Annual administration report of the Civil Veterinary Department, Sind - 1945-1946
Year: 1945
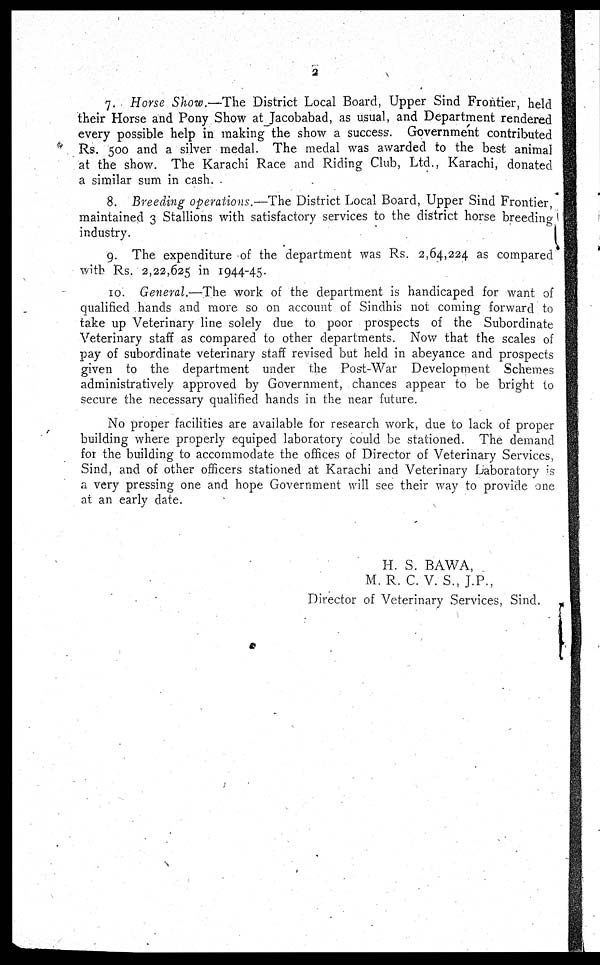
2
7. Horse Show.—The District Local Board, Upper Sind Frontier, held
their Horse and Pony Show at Jacobabad, as usual, and Department rendered
every possible help in making the show a success. Government contributed
Rs. 500 and a silver medal. The medal was awarded to the best animal
at the show. The Karachi Race and Riding Club, Ltd., Karachi, donated
a similar sum in cash.
8. Breeding operations.—The District Local Board, Upper Sind Frontier,
maintained 3 Stallions with satisfactory services to the district horse breeding
industry.
9. The expenditure of the department was Rs. 2,64,224 as compared
with Rs. 2,22,625 in 1944-45.
10. General.—The work of the department is handicaped for want of
qualified hands and more so on account of Sindhis not coming forward to
take up Veterinary line solely due to poor prospects of the Subordinate
Veterinary staff as compared to other departments. Now that the scales of
pay of subordinate veterinary staff revised but held in abeyance and prospects
given to the department under the Post-War Development Schemes
administratively approved by Government, chances appear to be bright to
secure the necessary qualified hands in the near future.
No proper facilities are available for research work, due to lack of proper
building where properly equiped laboratory could be stationed. The demand
for the building to accommodate the offices of Director of Veterinary Services,
Sind, and of other officers stationed at Karachi and Veterinary Laboratory is
a very pressing one and hope Government will see their way to provide one
at an early date.
H. S. BAWA,
M. R. C. V. S., J.P.
Director of Veterinary Services, Sind.